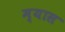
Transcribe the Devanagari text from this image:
म्यास